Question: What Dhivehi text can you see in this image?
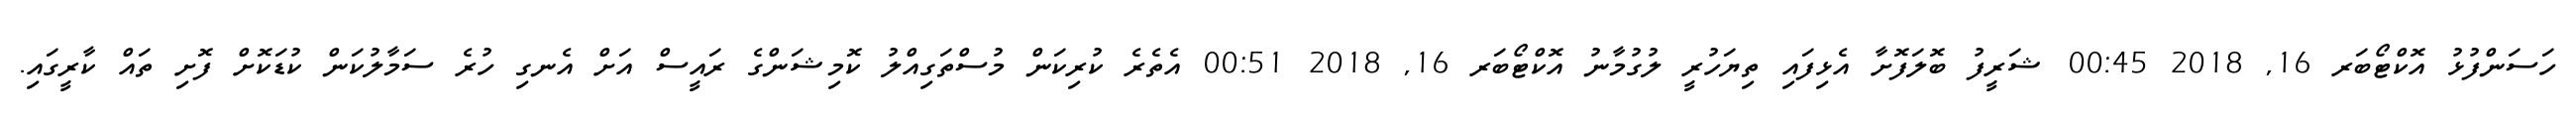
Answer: ހަސަންފުޅު އޮކްޓޯބަރ 16, 2018 00:45 ޝަރީފު ބޮލަފޮށާ އެޅިފައި ތިޔަހުރީ ލުގުމާނު އޮކްޓޯބަރ 16, 2018 00:51 އެތެރެ ކުރިކަން މުސްތަގިއްލު ކޮމިޝަންގެ ރައީސް އަށް އެނގި ހުރެ ސަމާލުކަން ކުޑަކޮށް ފޮށި ތައް ކާރީގައި.